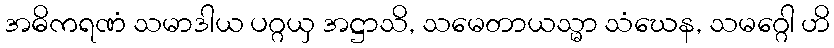
အဓိကရဏံ သမာဒါယ ပဂ္ဂယှ အဋ္ဌာသိ, သမေတာယသ္မာ သံဃေန, သမဂ္ဂေါ ဟိ